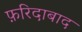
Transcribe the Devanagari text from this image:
फ़रिदाबाद